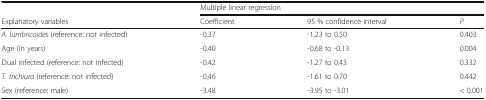
<table><thead><tr><td></td><td colspan="3"><b>Multiple linear regression</b></td></tr><tr><td><b>Explanatory variables</b></td><td><b>Coefficient</b></td><td><b>95 % confidence interval</b></td><td><b><i>P</i></b></td></tr></thead><tbody><tr><td><i>A. lumbricoides</i> (reference: not infected)</td><td>-0.37</td><td>-1.23 to 0.50</td><td>0.403</td></tr><tr><td>Age (in years)</td><td>-0.40</td><td>-0.68 to -0.13</td><td>0.004</td></tr><tr><td>Dual infected (reference: not infected)</td><td>-0.42</td><td>-1.27 to 0.43</td><td>0.332</td></tr><tr><td><i>T. trichiura</i> (reference: not infected)</td><td>-0.46</td><td>-1.61 to 0.70</td><td>0.442</td></tr><tr><td>Sex (reference: male)</td><td>-3.48</td><td>-3.95 to -3.01</td><td>&lt; 0.001</td></tr></tbody></table>